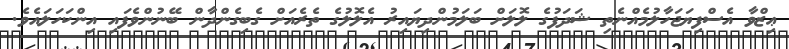
ޢިޒްވާ އެސްފިޔަޖަހާލުމެއްނެތި ޝަދަފުގެ ލޮލަށް ބަލަމުންދިޔައިރު އެލޮލުގެ ތެރެއަށް ގެބިގެންދާން ބޭނުންވެފައި އިންކަހަލައެވެ.